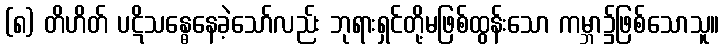
(၈) တိဟိတ် ပဋိသန္ဓေနေခဲ့သော်လည်း ဘုရားရှင်တို့မဖြစ်ထွန်းသော ကမ္ဘာ၌ဖြစ်သောသူ။